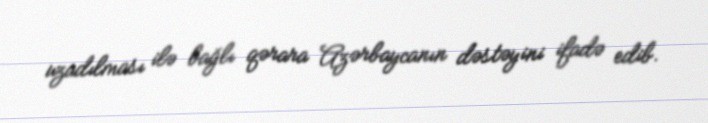
uzadılması ilə bağlı qərara Azərbaycanın dəstəyini ifadə edib.